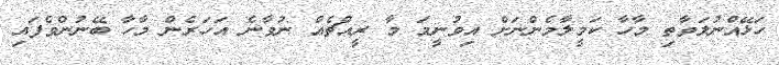
ހަޅޭއްނުލަވާތި މާހާ ކަމީލާމެންނަށް އިވުނީމަ މާ ރީއްޗެއް ނުވާނެ އަހަރެން މާހާ ބޭނުންވެފައި